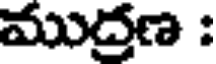
ముద్రణ :